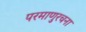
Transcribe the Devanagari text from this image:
परमाणुरचना